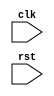
module behavior_modeling_block (
    input wire clk,
    input wire rst
);

always @ (posedge clk or negedge rst) begin
    // Block of code to be executed on rising edge of clk and falling edge of rst
end

endmodule